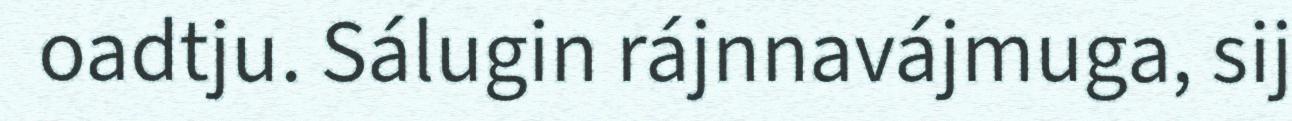
oadtju. Sálugin rájnnavájmuga, sij